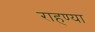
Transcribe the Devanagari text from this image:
राहण्या